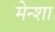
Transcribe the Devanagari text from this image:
मेन्शा